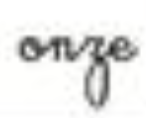
onze